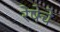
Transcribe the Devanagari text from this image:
रेषेचे